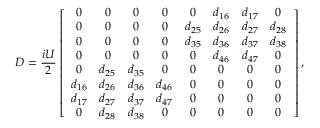
D = \frac { i U } { 2 } \left[ \begin{array} { c c c c c c c c } { 0 } & { 0 } & { 0 } & { 0 } & { 0 } & { d _ { 1 6 } } & { d _ { 1 7 } } & { 0 } \\ { 0 } & { 0 } & { 0 } & { 0 } & { d _ { 2 5 } } & { d _ { 2 6 } } & { d _ { 2 7 } } & { d _ { 2 8 } } \\ { 0 } & { 0 } & { 0 } & { 0 } & { d _ { 3 5 } } & { d _ { 3 6 } } & { d _ { 3 7 } } & { d _ { 3 8 } } \\ { 0 } & { 0 } & { 0 } & { 0 } & { 0 } & { d _ { 4 6 } } & { d _ { 4 7 } } & { 0 } \\ { 0 } & { d _ { 2 5 } } & { d _ { 3 5 } } & { 0 } & { 0 } & { 0 } & { 0 } & { 0 } \\ { d _ { 1 6 } } & { d _ { 2 6 } } & { d _ { 3 6 } } & { d _ { 4 6 } } & { 0 } & { 0 } & { 0 } & { 0 } \\ { d _ { 1 7 } } & { d _ { 2 7 } } & { d _ { 3 7 } } & { d _ { 4 7 } } & { 0 } & { 0 } & { 0 } & { 0 } \\ { 0 } & { d _ { 2 8 } } & { d _ { 3 8 } } & { 0 } & { 0 } & { 0 } & { 0 } & { 0 } \end{array} \right] ,